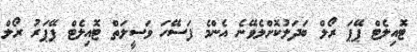
ޓޮއިލެޓް ޕޭޕަ ރޯލް ބަދަލުކޮށްލެވޭނެ އެންމެ ފަސޭހަ ވަސީލަތް ޓޮއިލެޓް ޕޭޕަރު ރޯލް